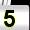
Digit: 5